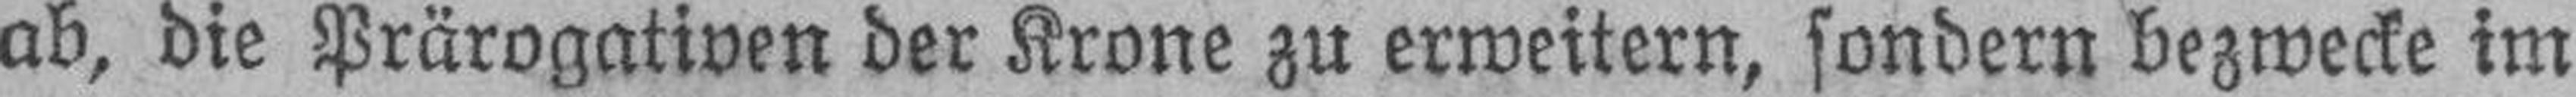
ab, die Prärogativen der Krone zu erweitern, sondern bezwecke im